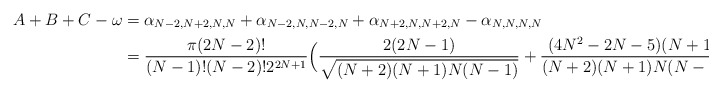
\begin{align*}A+B+C-\omega & = \alpha_{N-2,N+2,N,N} + \alpha_{N-2,N,N-2,N} + \alpha_{N+2,N,N+2,N} - \alpha_{N,N,N,N} \\& = \frac{\pi(2N-2)!}{(N-1)! (N-2)! 2^{2N+1}} \Big(\frac{2(2N-1)}{\sqrt{(N+2)(N+1)N(N-1)}} +\frac{(4N^2-2N-5)(N+1)}{(N+2)(N+1)N(N-1)} \Big).\end{align*}